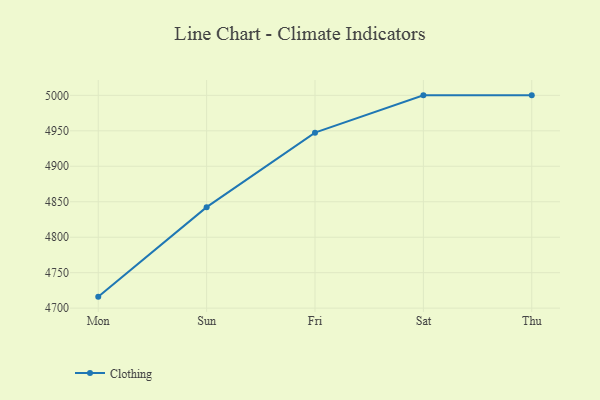
{"axis": {"x": "Day", "y": "Latency (ms)"}, "legend": ["Clothing"], "data": [{"x": "Mon", "y": 4716.2, "type": "Clothing"}, {"x": "Sun", "y": 4842.4, "type": "Clothing"}, {"x": "Fri", "y": 4947.4, "type": "Clothing"}, {"x": "Sat", "y": 5000, "type": "Clothing"}, {"x": "Thu", "y": 5000, "type": "Clothing"}]}